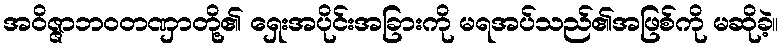
အဝိဇ္ဇာဘဝတဏှာတို့၏ ရှေးအပိုင်းအခြားကို မရအပ်သည်၏အဖြစ်ကို မဆိုခဲ့။